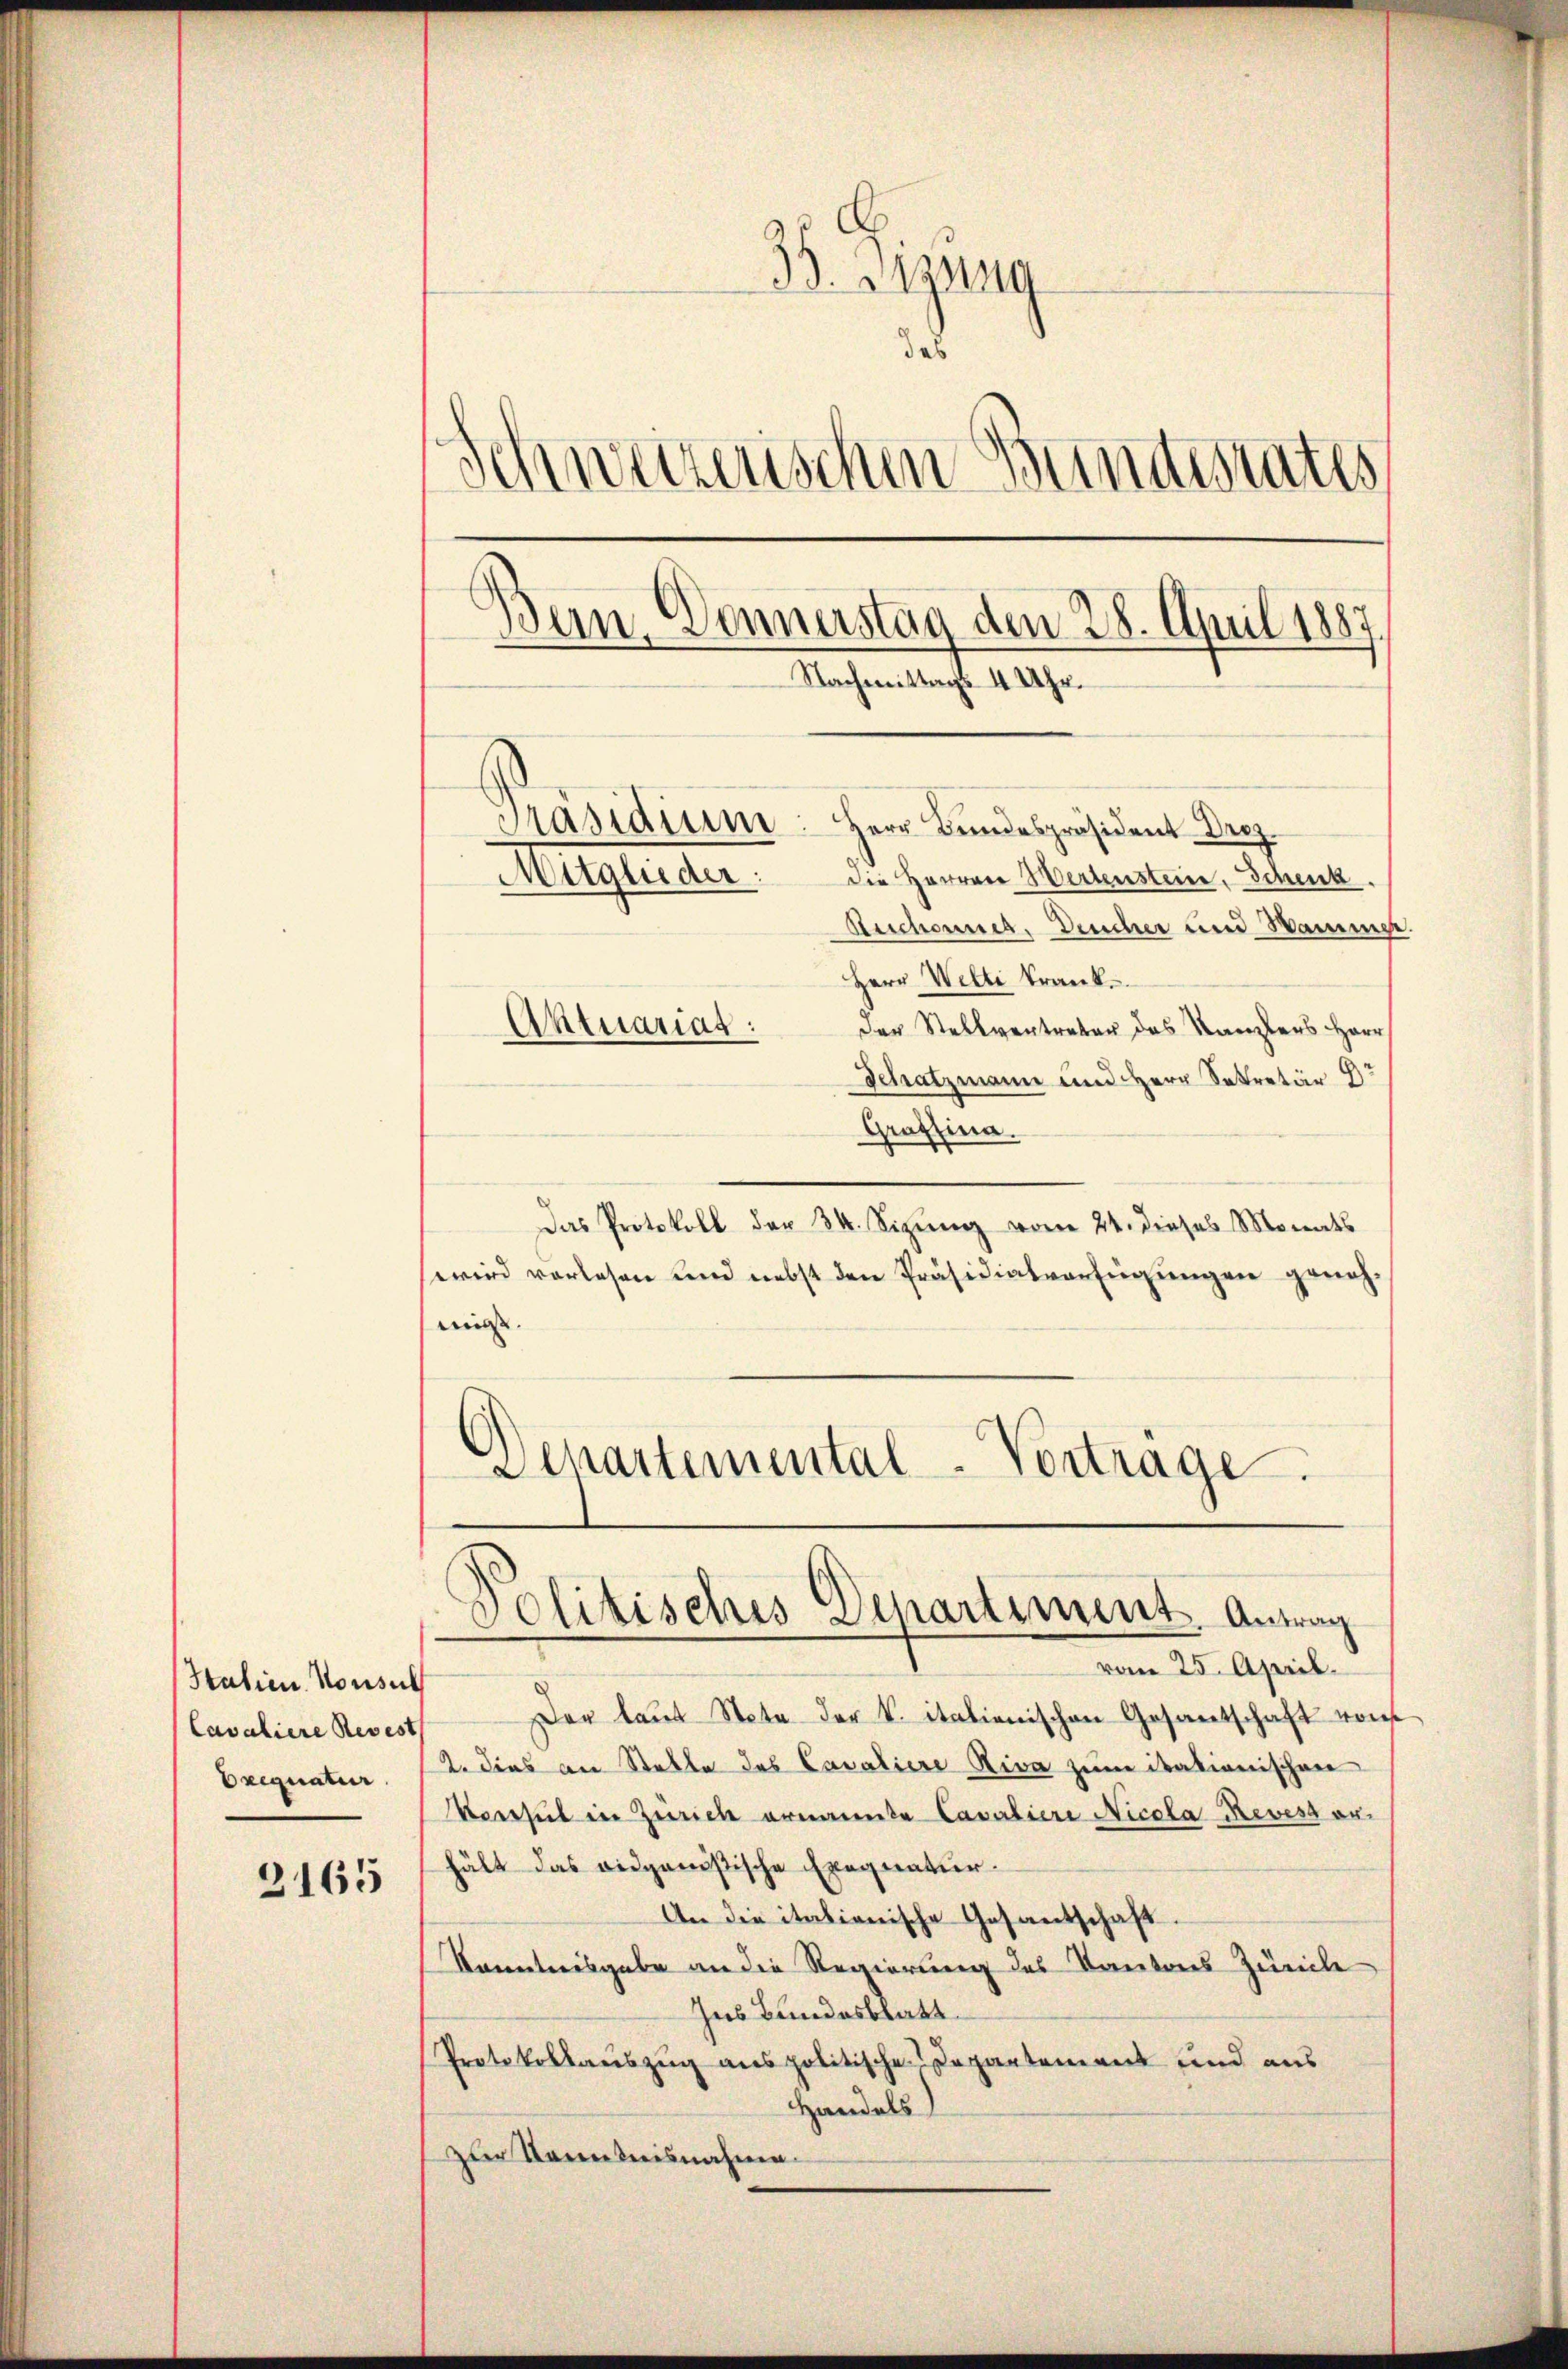
Stalien Konsul
Cavaliere Revest
Exequatur

2165

3 Sitzung
das
d
inweizerischen Bentestates
Ban. Donnerstag den 28. April 1887,
Nachmittags 4 Uhr.
Präsidium. Herr Bundespräsident Droz.
Mitqueder: die Herren Wertenstein, Schenk.
Ruchorner, Deucher und Sammer.

Herr Welti Trank
der Stellvertreter das Kanzlers Herr
Schatzmann und Herr Sekretär
Graffina.
Das Protokoll der 34. Sizung vom 24. dieses Monats
wird vorlesen und nebst den Präsidialverfügungen genehmis.
)
Schartemental-Vorträge.

Aktuariat:

Politisches Departiment. Antrag

vom 25. April.
Der laŭt Note der V. italienischen Gesantschaft von
2. dies an Stelle des Cavaliere Riva zum italionischen
Verseil in Zürich ernannte Cavaliere Nicola Reves orhält das eidgenößische Exequatur.
An die itationische Gesantschaft.
Kanntnisgabe an die Regierung des Kantons Zureihe
Ins Bundesblatt
Protokollauszug aus politischen Departement und aus
Handels
zur Kenntnisnahme.